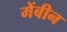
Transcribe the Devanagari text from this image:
मेंबीन